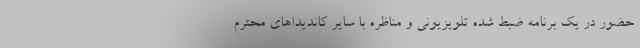
حضور در یک برنامه ضبط شده تلویزیونی و مناظره با سایر کاندیداهای محترم